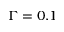
\Gamma = 0 . 1